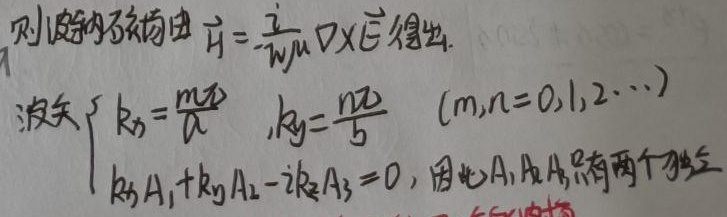
则波导磁场由 $\vec{H} = \frac{i}{\omega\mu}\nabla\times\vec{E}$ 得出.波矢
\[\begin{cases}
k_x=\frac{m\pi}{a} ,k_y=\frac{n\pi}{b} &(m,n = 0,1,2\cdots)\\
k_xA_1 + k_yA_2 - ik_zA_3 = 0,\text{ 因此} A_1,A_2,A_3 \text{ 只有两个独立}
\end{cases}\]